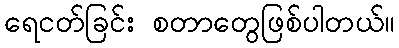
ရေငတ်ခြင်း စတာတွေဖြစ်ပါတယ်။